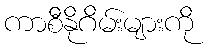
ကာစီနိုဂိမ်းများကို